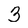
Character: 3